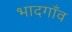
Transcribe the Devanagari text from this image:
भादगाँव